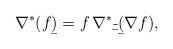
LaTeX: \begin{align*}\nabla^*(f\b)= f\,\nabla^*\b-\b(\nabla{f}), \end{align*}